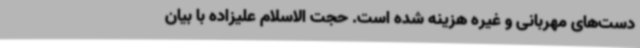
دست‌های مهربانی و غیره هزینه شده است. حجت الاسلام علیزاده با بیان